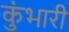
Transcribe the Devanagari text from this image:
कुंभारी